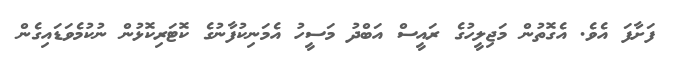
ފަށާފަ އެވެ. އެގޮތުން މަޖިލީހުގެ ރައީސް އަބްދު މަސީހު އެމަނިކުފާނުގެ ކޮޓަރިކޮޅުން ނުކުމެވަޑައިގެން